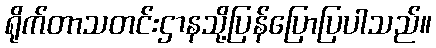
ရိုက်တာသတင်းဌာနသို့ပြန်ပြောပြပါသည်။